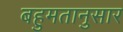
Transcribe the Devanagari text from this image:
बहुमतानुसार